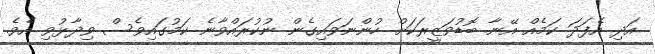
އަދި އެފަދަ ކަމެއް އޭނާ ބޮޑުވަޒީރަކަށް ހުންނަވައިގެން ނުކުރައްވާނެ ކަމުގައިވެސް ވިދާޅުވި އެވެ.